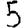
Digit: 5